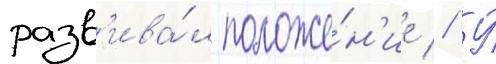
разв'ива́л положе́н'ие // У́